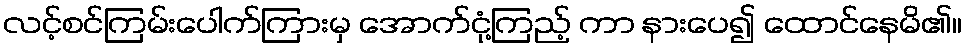
လင့်စင်ကြမ်းပေါက်ကြားမှ အောက်ငုံ့ကြည့် ကာ နားပေ၍ ထောင်နေမိ၏။